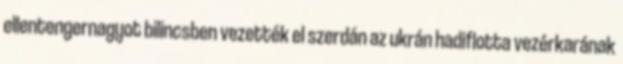
ellentengernagyot bilincsben vezették el szerdán az ukrán hadiflotta vezérkarának